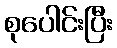
စုပေါင်းပြီး